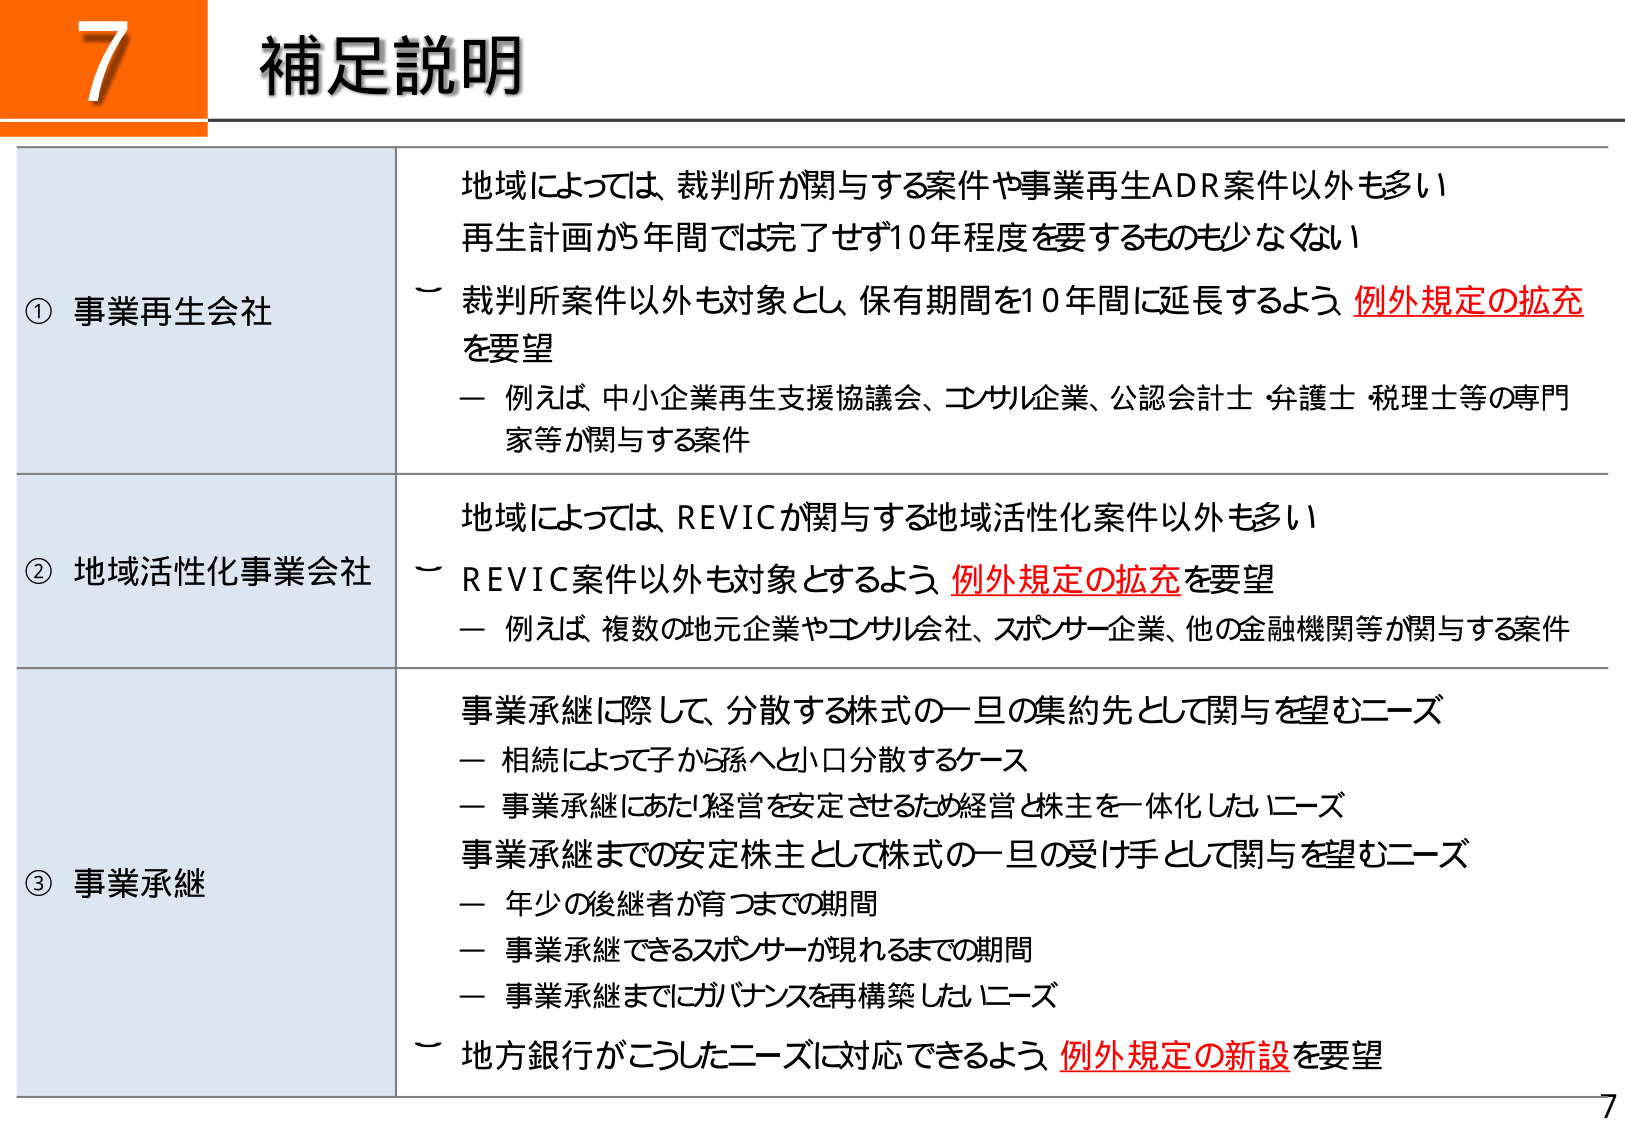
7 補足説明

① 事業再生会社
地域によっては、裁判所が関与する案件や事業再生ADR案件以外も多い
再生計画が5年間では完了せず10年程度を要するものも少なくない
－ 裁判所案件以外も対象とし、保有期間を10年間に延長するよう 例外規定の拡充を要望
　－ 例えば、中小企業再生支援協議会、コンサル企業、公認会計士・弁護士・税理士等の専門家等が関与する案件

② 地域活性化事業会社
地域によっては、REVICが関与する地域活性化案件以外も多い
－ REVIC案件以外も対象とするよう 例外規定の拡充を要望
　－ 例えば、複数の地元企業やコンサル会社、スポンサー企業、他の金融機関等が関与する案件

③ 事業承継
事業承継に際して、分散する株式の一時的集約先として関与を望むニーズ
　－ 相続によって子から孫へと小口分散するケース
　－ 事業承継にあたり経営を安定させるため経営と株主を一体化したいニーズ
事業承継までの安定株主として株式の一時的受け手として関与を望むニーズ
　－ 年少の後継者が育つまでの期間
　－ 事業承継できるスポンサーが現れるまでの期間
　－ 事業承継までにガバナンスを再構築したいニーズ
－ 地方銀行がこうしたニーズに対応できるよう 例外規定の新設を要望

7